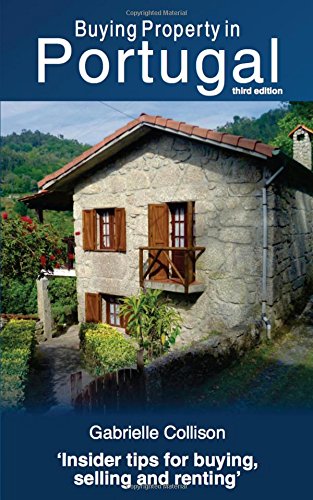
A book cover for Buying Property in Portugal (third edition); Gabrielle Collison; Travel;